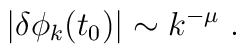
\vert \delta\phi_k(t_0)\vert \sim k^{-\mu} \ .